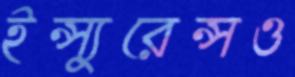
ইন্স্যুরেন্সও